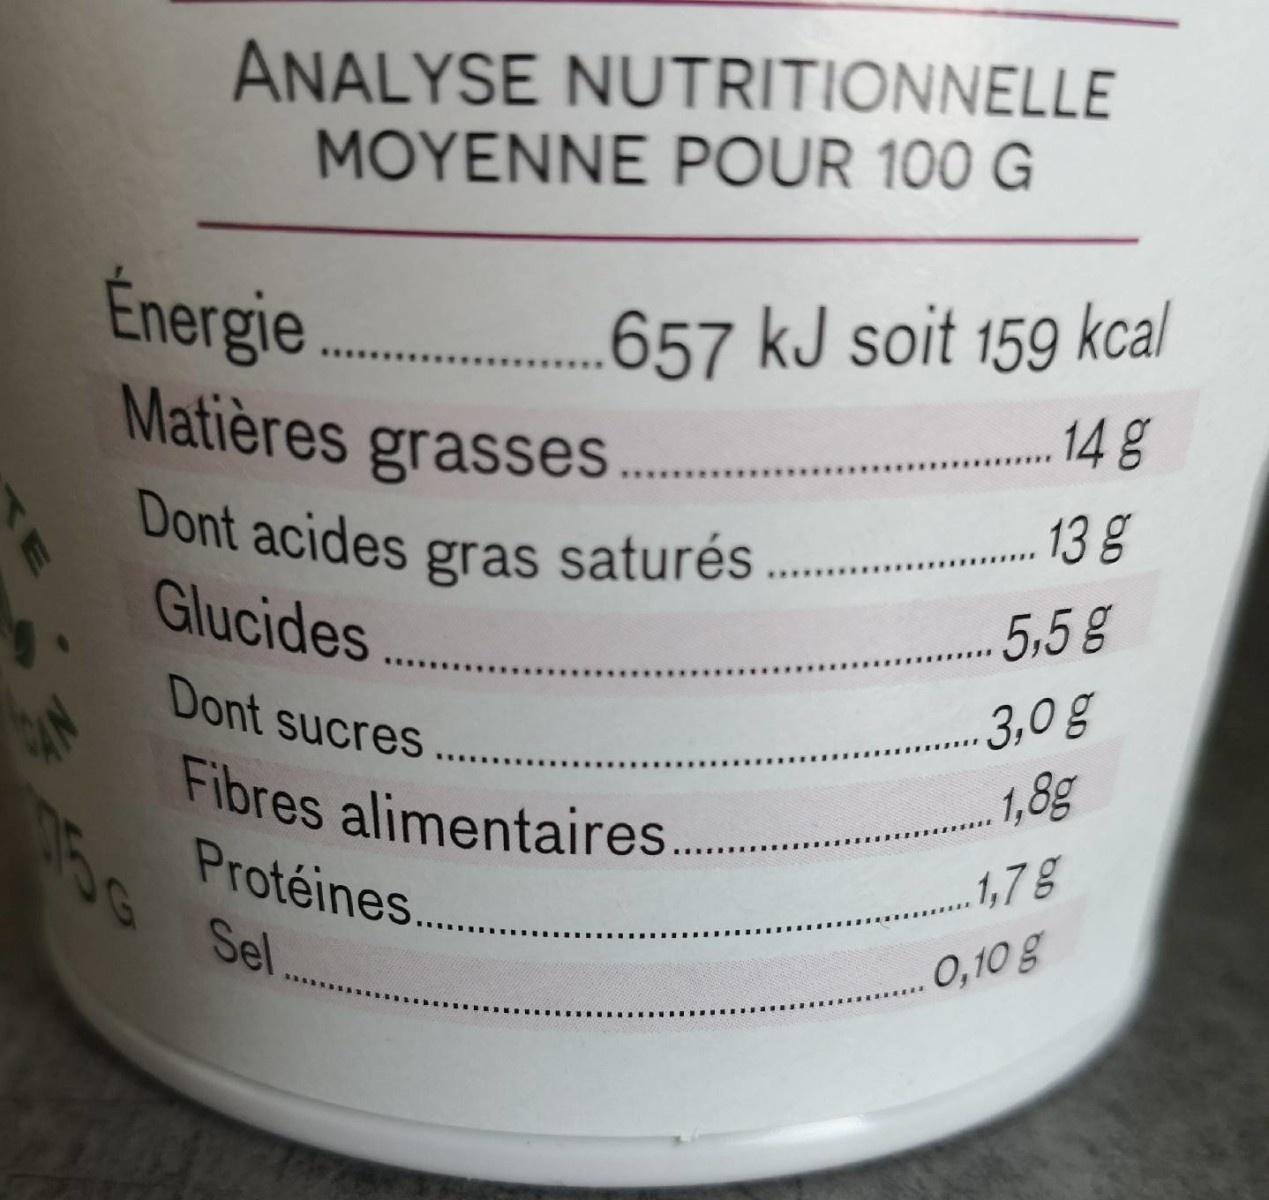
ANALYSE NUTRITIONNELLE MOYENNE POUR 100 G
Énergie Matières grasses
.657 kJ soit 159 kcal
14 g
......**
Dont acides gras saturés. Glucides..
13 g
5,5g
Dont sucres
3,0g
Fibres alimentaires
1,8g
Protéines... 156 Sel
1,7g
0,10 g